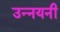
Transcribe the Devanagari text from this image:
उन्नयनी